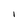
Character: I